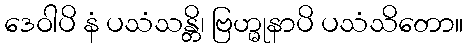
ဒေဝါပိ နံ ပသံသန္တိ၊ ဗြဟ္မုနာပိ ပသံသိတော။